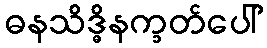
ဓနသိဒ္ဓိနက္ခတ်ပေါ်